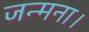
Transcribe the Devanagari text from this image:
जन्मना।